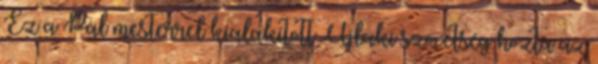
Ez a Pál mesterrel kialakított Újlaki szövetség hozta az